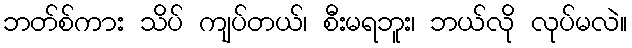
ဘတ်စ်ကား သိပ် ကျပ်တယ်၊ စီးမရဘူး၊ ဘယ်လို လုပ်မလဲ။